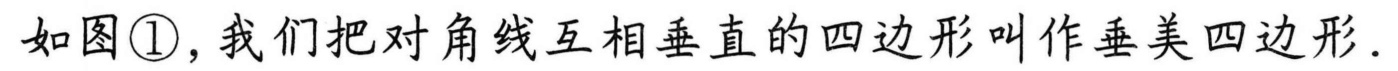
如图\textcircled{1}，我们把对角线互相垂直的四边形叫作垂美四边形.